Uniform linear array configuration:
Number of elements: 16
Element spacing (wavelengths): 0.5
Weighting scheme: hamming
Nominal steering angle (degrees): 45
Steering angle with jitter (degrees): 44.437
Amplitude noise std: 0.05
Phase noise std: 0.05

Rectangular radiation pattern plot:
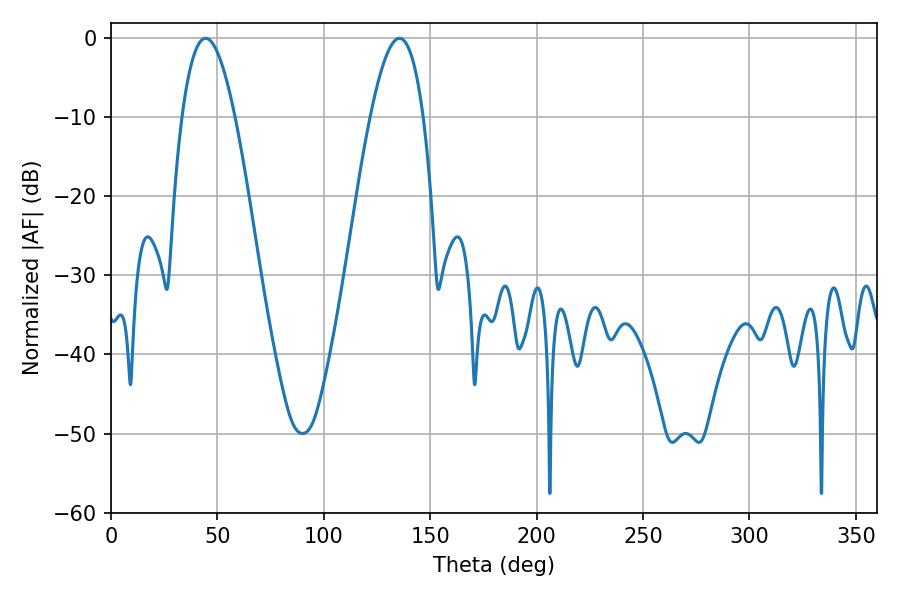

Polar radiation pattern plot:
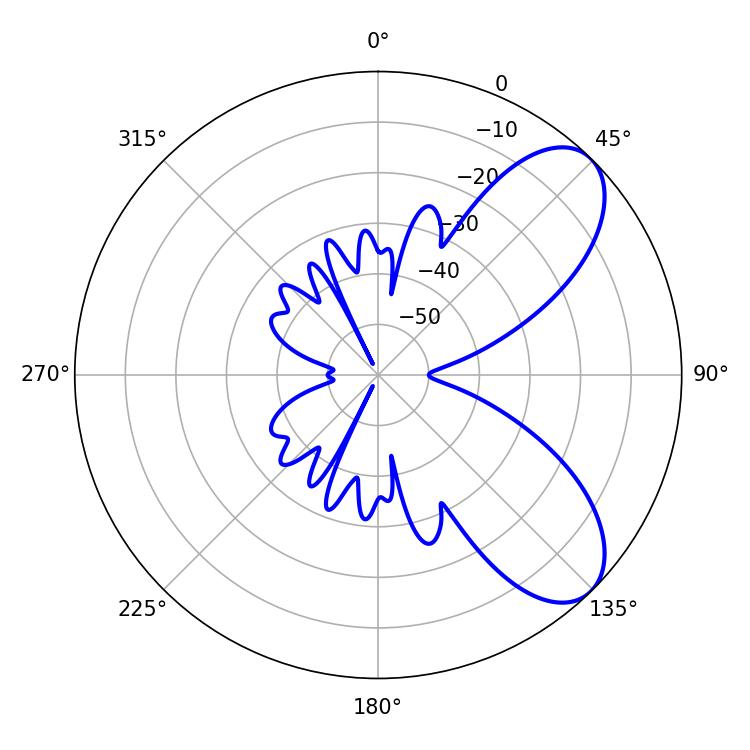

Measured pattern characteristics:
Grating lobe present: FALSE
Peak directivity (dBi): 7.432
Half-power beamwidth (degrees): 13.68
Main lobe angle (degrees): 44.46